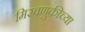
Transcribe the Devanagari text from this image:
मिरवणुकीच्या